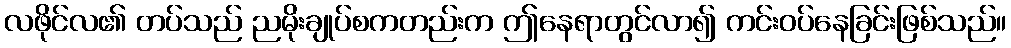
လဖိုင်လ၏ တပ်သည် ညမိုးချုပ်စကတည်းက ဤနေရာတွင်လာ၍ ကင်းဝပ်နေခြင်းဖြစ်သည်။